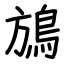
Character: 鴋